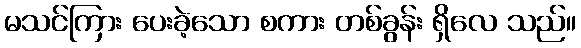
မသင်ကြား ပေးခဲ့သော စကား တစ်ခွန်း ရှိလေ သည်။